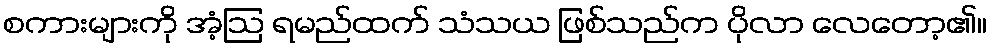
စကားများကို အံ့ဩ ရမည်ထက် သံသယ ဖြစ်သည်က ပိုလာ လေတော့၏။